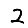
Digit: 2